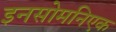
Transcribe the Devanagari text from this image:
इनसोमनिएक